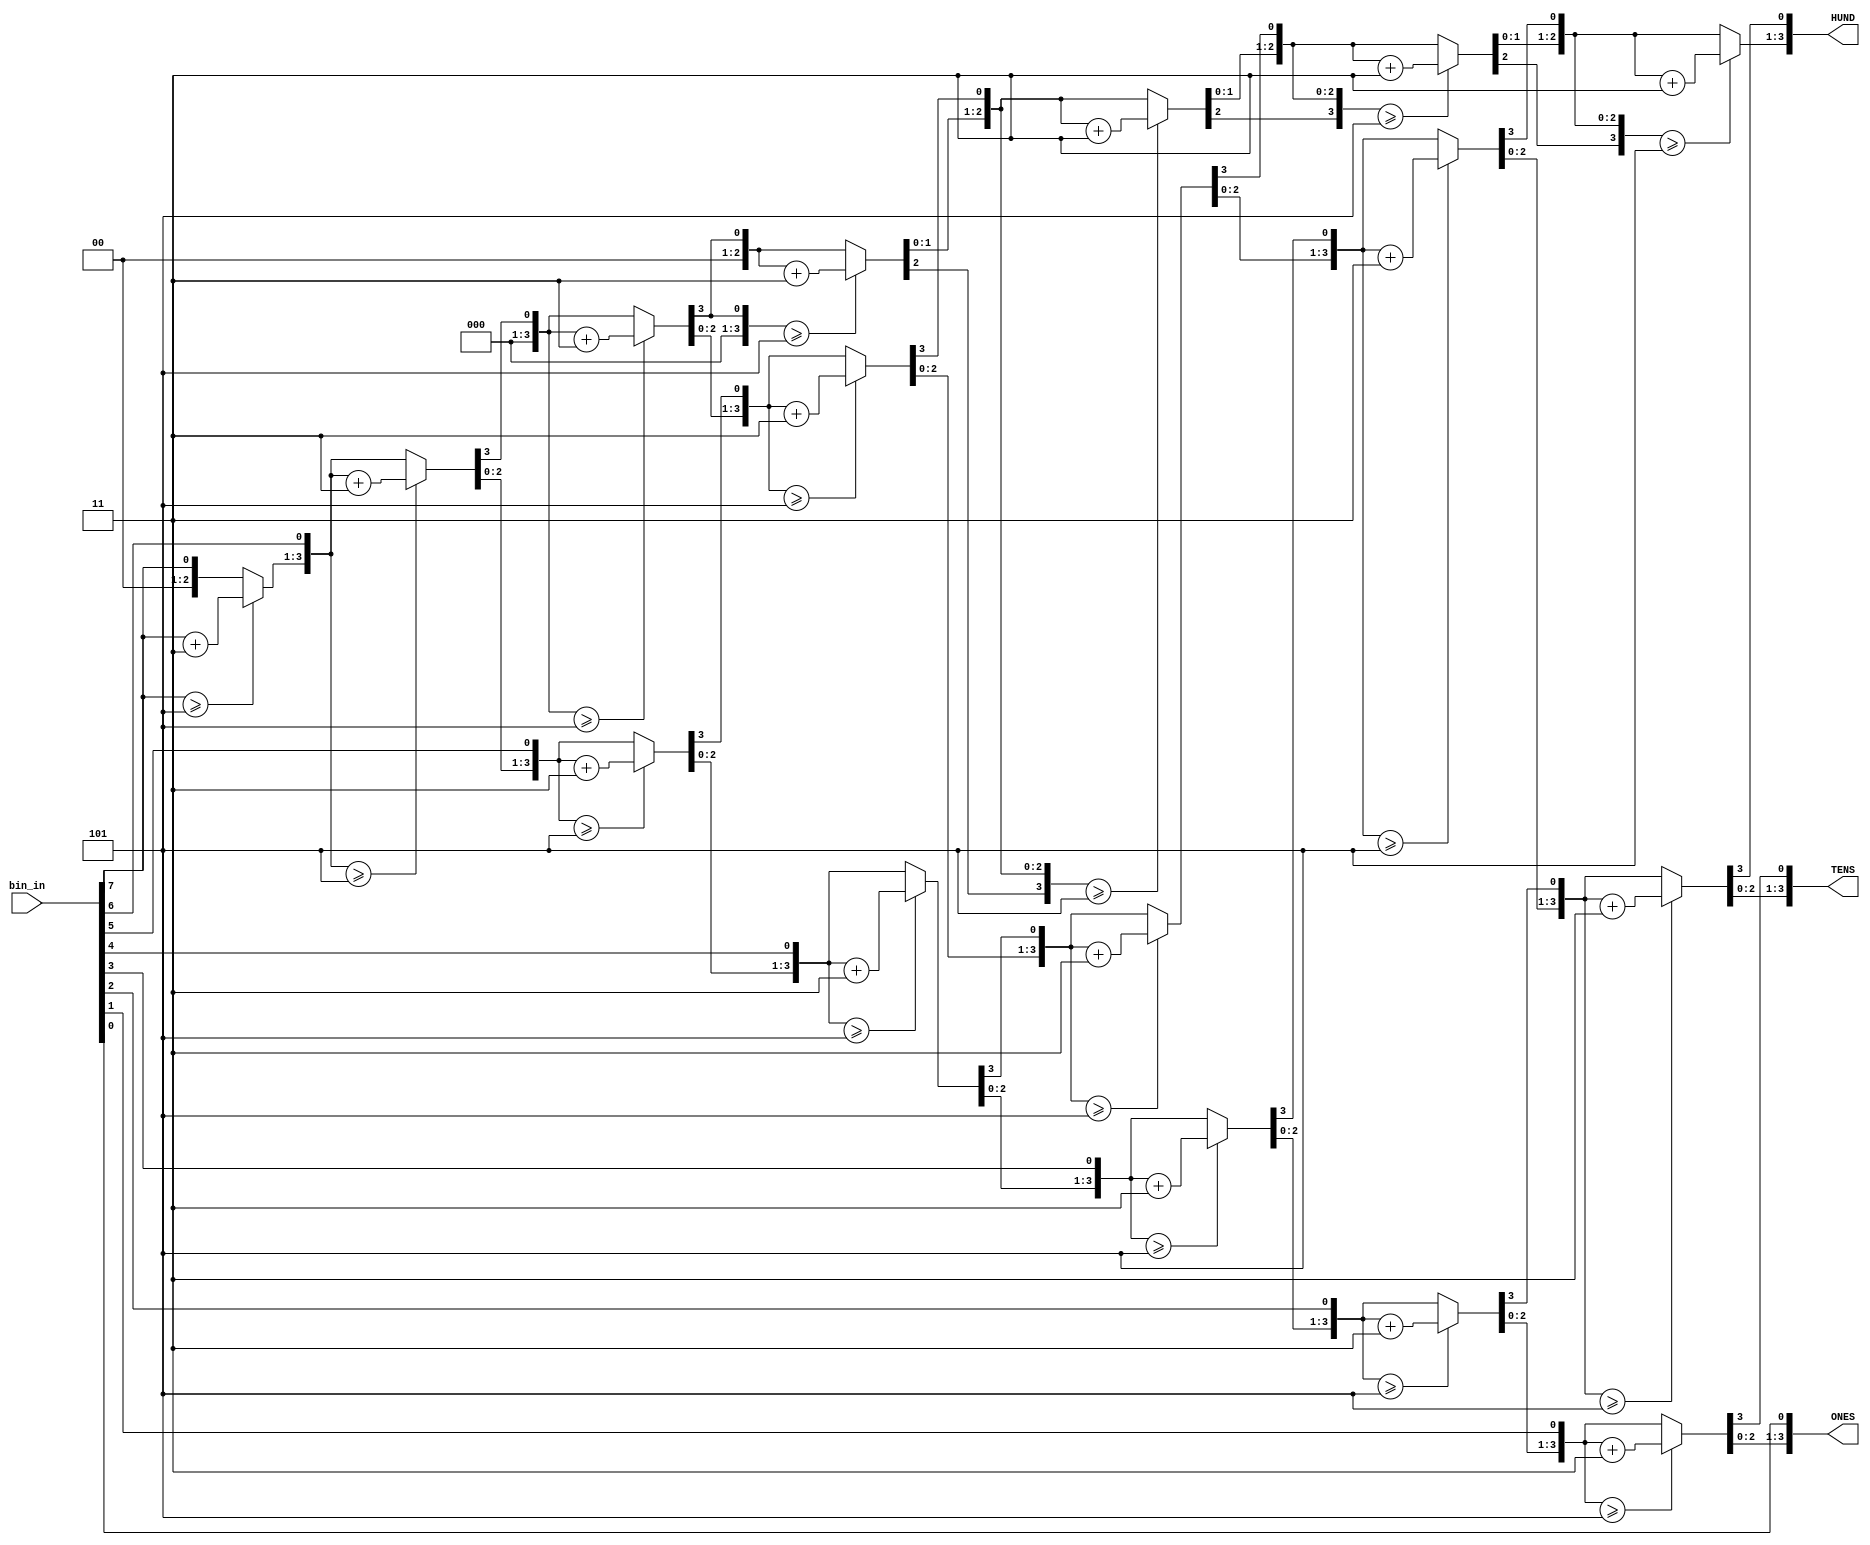

`define WIDTH 4
module Bin_BCD (
 input [7:0] bin_in ,
 output reg [`WIDTH-1:0] HUND , TENS , ONES 
);

integer i ;
always @ (bin_in)
  begin
   ONES = 4'b0000 ;
   TENS = 4'b0000;
   HUND = 4'b0000;
 
  for (i = 7; i>=0; i=i-1)
       begin
             if (HUND>=5)
                 HUND = HUND + 2'b11;
             if (TENS >=5)
                 TENS = TENS + 2'b11 ;
             if (ONES >=5)
                 ONES = ONES + 2'b11 ;
             
       HUND = HUND<<1;
       HUND[0] = TENS[3];
       TENS = TENS<<1 ;
       TENS[0] = ONES[3];
       ONES = ONES<<1 ;
       ONES[0] = bin_in[i] ;
  end
 end
endmodule